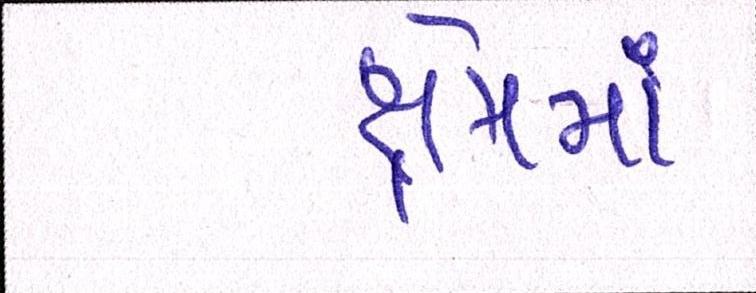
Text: ક્ષેત્રમાં